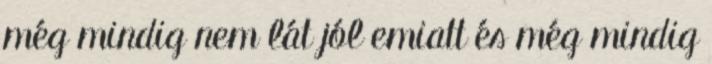
még mindig nem lát jól emiatt és még mindig